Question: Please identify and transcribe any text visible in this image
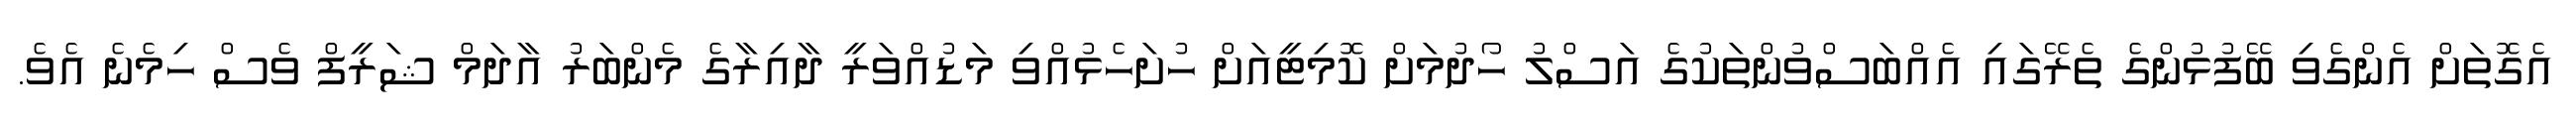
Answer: އެގޮތަށް އެންގެވި ބޭފުޅުންގެ ތެރޭގައި އެއްބަސްވުންތަކުގެ އަސްލު ހޯދުމަށް ކޮމިޓީއަށް ހުށަހެޅުއްވި މަޑުއްވަރީ ދާއިރާގެ މެންބަރު އާދަމް ޝަރީފް ވެސް ހިމެނެ އެވެ.